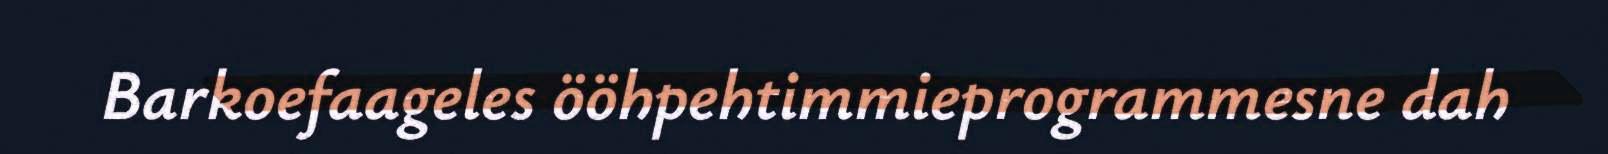
Barkoefaageles ööhpehtimmieprogrammesne dah